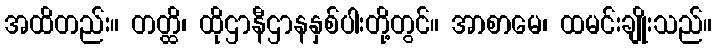
အထိတည်း။ တတ္ထိ၊ ထိုဌာနီဌာနနှစ်ပါးတို့တွင်။ အာစာမေ၊ ထမင်းချိုးသည်။